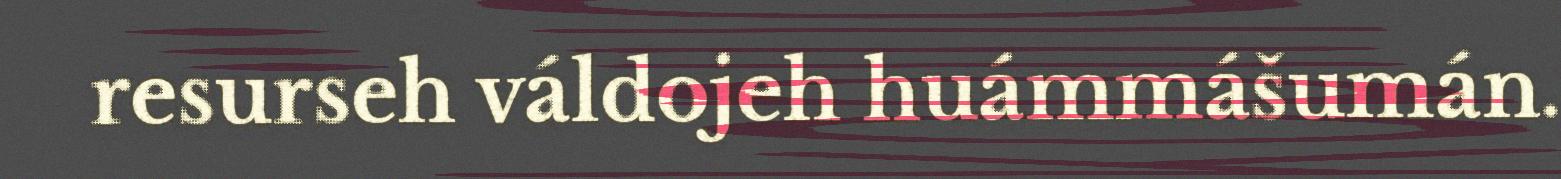
resurseh váldojeh huámmášumán.